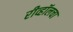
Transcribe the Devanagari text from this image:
रीव्हॉलचा